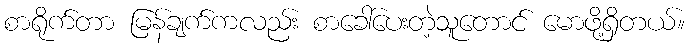
စာရိုက်တာ မြန်ချက်ကလည်း စာခေါ်ပေးတဲ့သူတောင် မောဖို့ရှိတယ်။